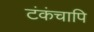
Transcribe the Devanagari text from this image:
टंकंचापि